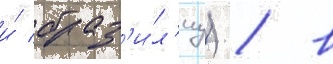
и́ браз'и́л'иу) / в